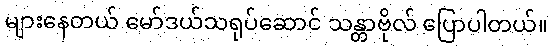
များနေတယ် မော်ဒယ်သရုပ်ဆောင် သန္တာဗိုလ် ပြောပါတယ်။